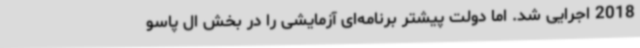
2018 اجرایی شد. اما دولت پیشتر برنامه‌ای آزمایشی را در بخش ال پاسو